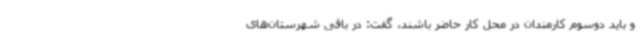
و باید دوسوم کارمندان در محل کار حاضر باشند، گفت: در باقی شهرستان‌های